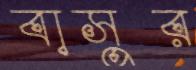
বাসুর